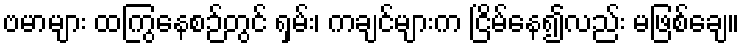
ဗမာများ ထကြွနေစဉ်တွင် ရှမ်း၊ ကချင်များက ငြိမ်နေ၍လည်း မဖြစ်ချေ။